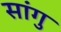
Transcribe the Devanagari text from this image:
सांगु